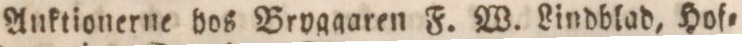
Anktionerne vos Brvggaren F. W. Lindblad, Hof=